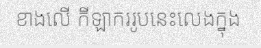
ខាងលើ កីឡាកររូបនេះលេងក្នុង